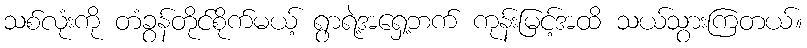
သစ်လုံးကို တံခွန်တိုင်စိုက်မယ့် ရွာရဲ့အရှေ့ဘက် ကုန်းမြင့်အထိ သယ်သွားကြတယ်။